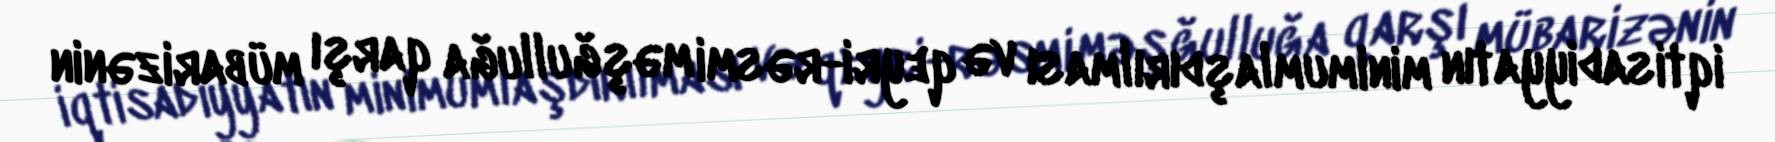
iqtisadiyyatın minimumlaşdırılması və qeyri-rəsmi məşğulluğa qarşı mübarizənin